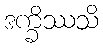
ဒက္ခိဿသိ